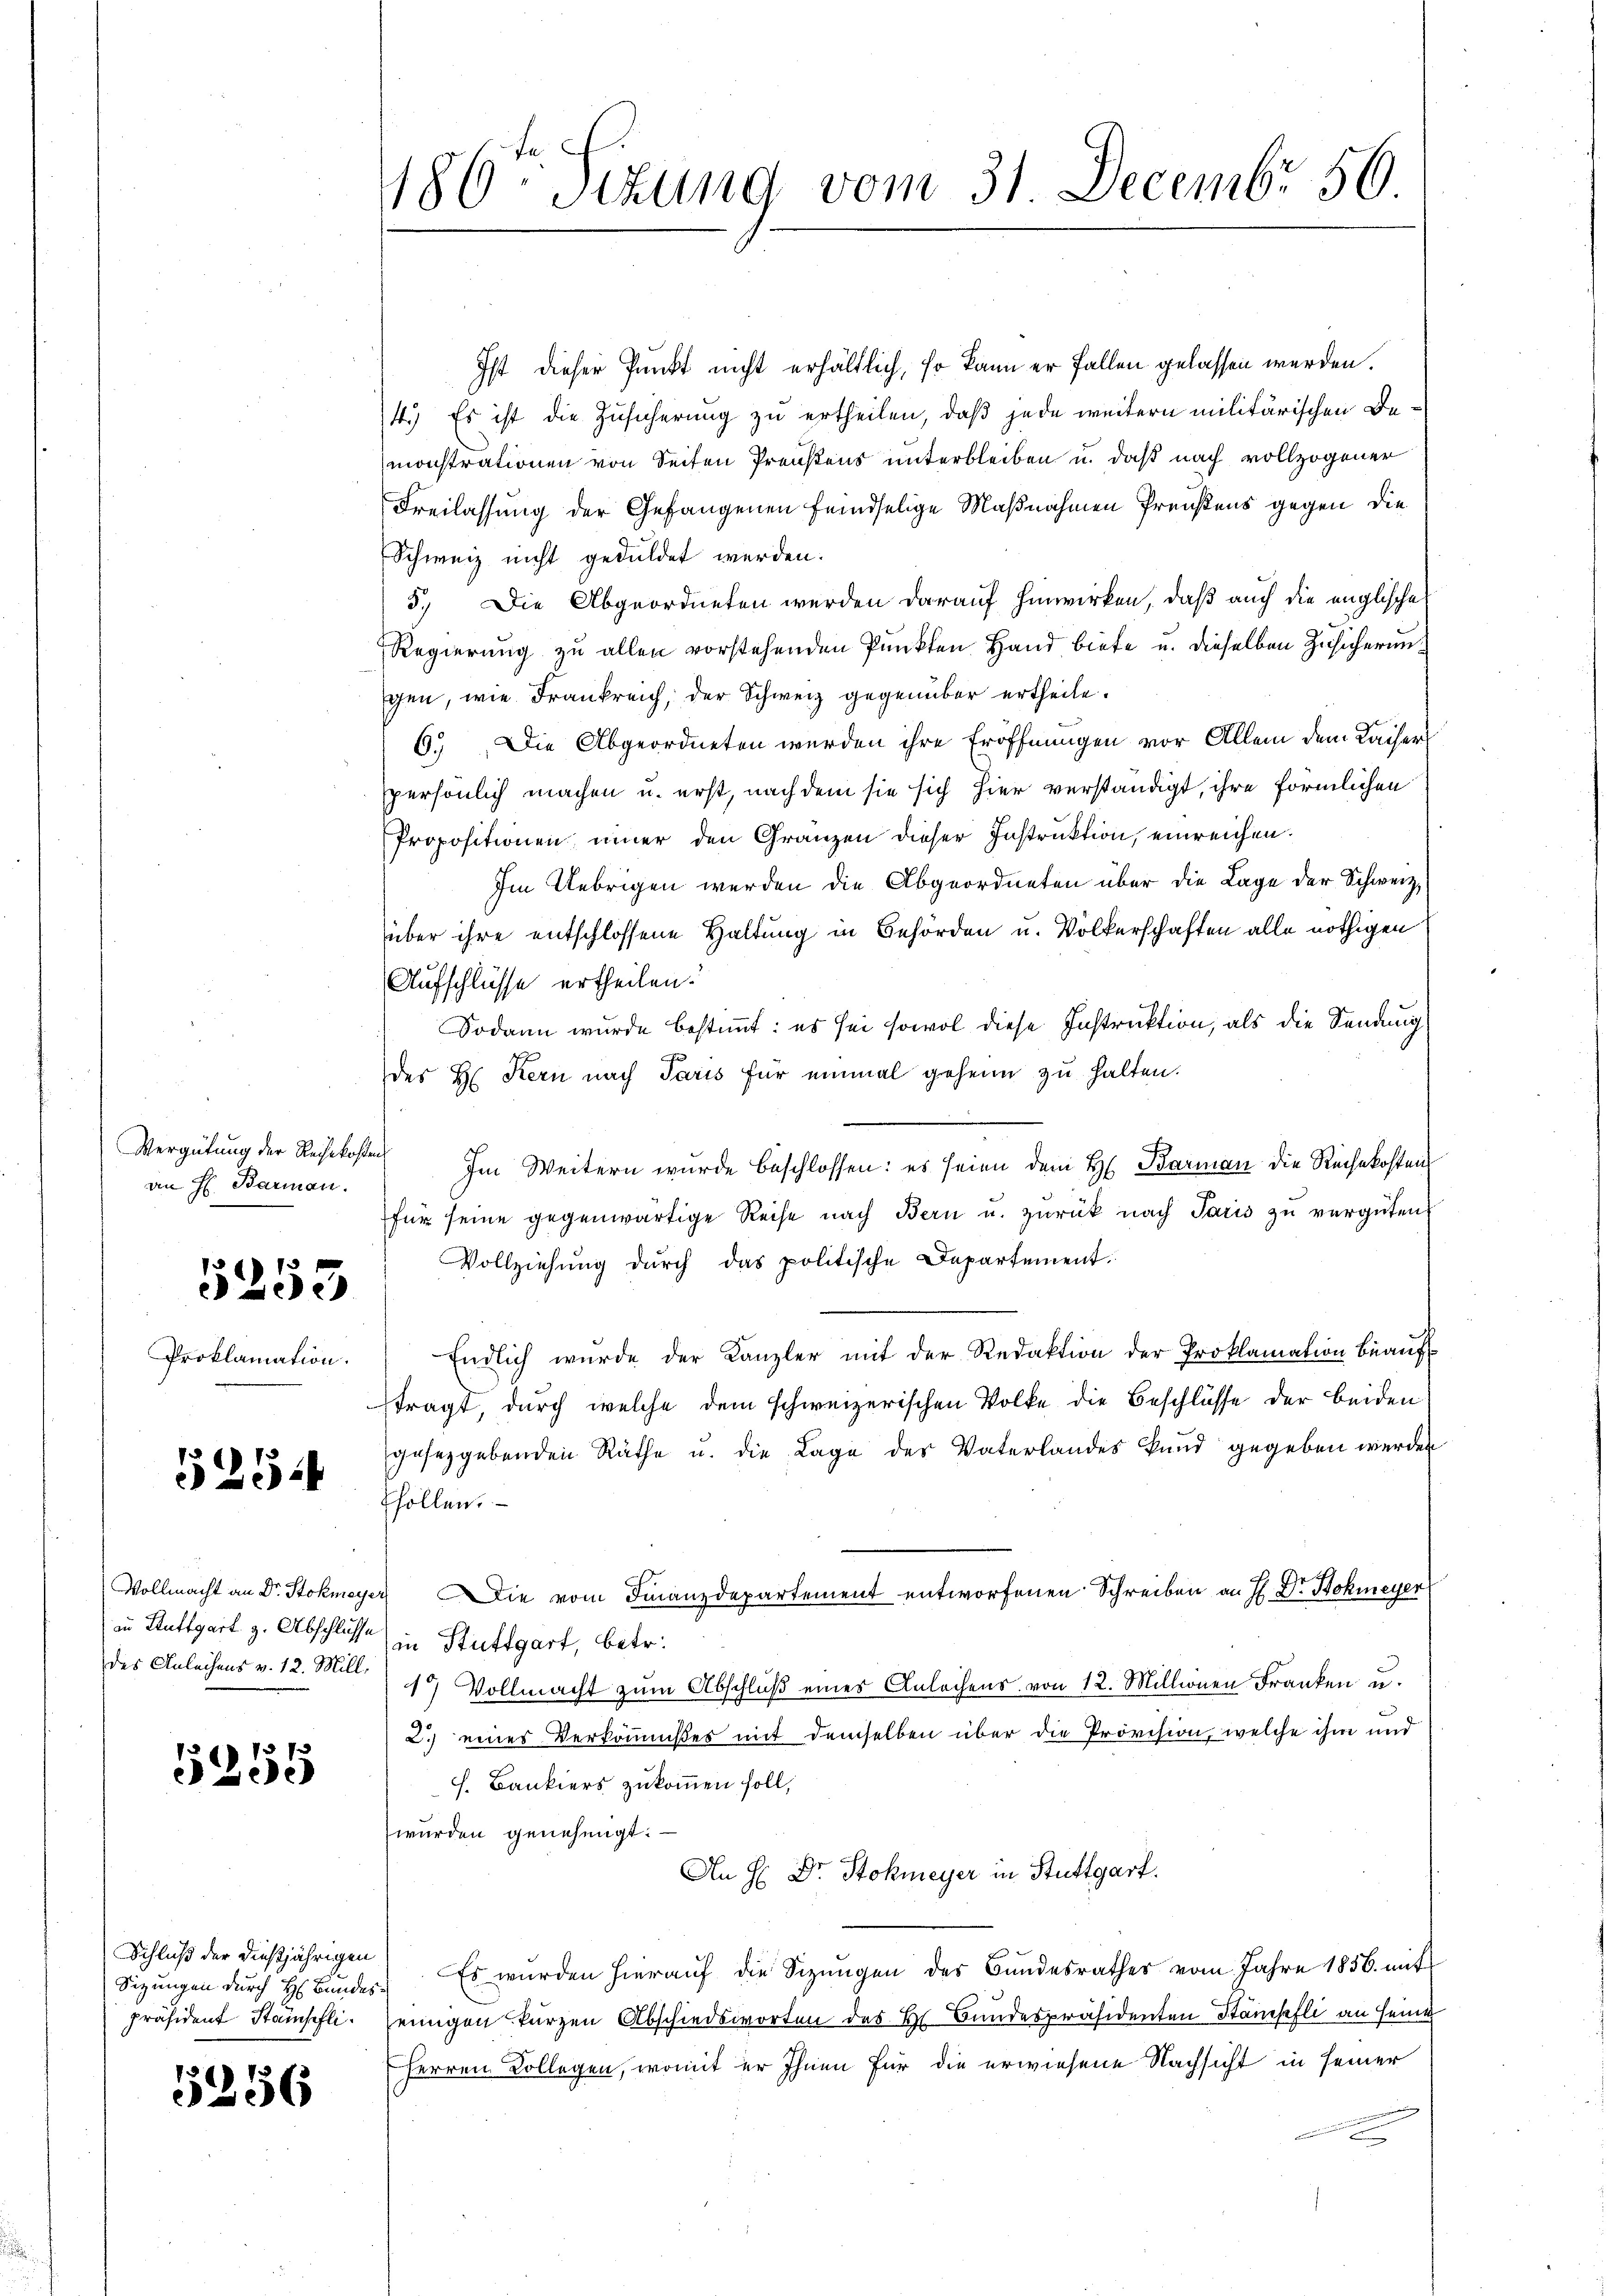
an H. Barman.

5253

Proklamation.

525

in Stuttgart z. Abschlusse
des Anleihens v. 12. Mill.

1255

Schluß der dießjährigen
Sizungen durch H. Bundes-
präsident Stämpfli¬

5356

86ten Sizung vom 31. Decembr 50.

Ist dieser Punkt nicht erhältlich, so kann er fallen gelassen werden.
4. Es ist die Zusicherung zu ertheilen, daß jede weitern militärischen Bemonstrationen von Seiten Preußens unterbleiben u. daß nach vollzogener
Freilassung der Gefangenen feindselige Maßnahmen Preußens gegen die
Schweiz nicht geduldet werden.
5.) Die Abgeordneten werden darauf hinwirken, daß auch die englische
Regierung zu allen vorstehenden Punkten Hand biete u. dieselben Zusicherungen, wie Frankreich, der Schweiz gegenüber ertheile.
6.) Die Abgeordneten werden ihre Eröffnungen vor Allem dem Kaiser
persönlich machen u. erst, nach dem sie sich hier verständigt, ihre förmlichen
Propositionen, immer den Gränzen dieser Instruktion, einreichen.
Im Uebrigen werden die Abgeordneten über die Lage der Schweiz,
über ihre entschlossene Haltung in Behörden u. Völkerschaften alle nöthigen
Aufschlüsse ertheilen.
Sodann wurde bestimmt: es sei sowol diese Instruktion, als die Sendung
des H. Kern nach Paris für einmal geheim zu halten.
Vergütung der Reisekoster Im Weitern wurde beschlossen: es seien dem H. Barman die Rechekosten
für seine gegenwärtige Reise nach Bern u. zurück nach Paris zu vergüten,
Vollziehung durch das politische Departement.
Endlich wurde der Kanzler mit der Redaktion der Proklamation beaŭf
tragt, durch welche dem schweizerischen Volke die Beschlüsse der beiden
gesetzgebenden Räthe u. die Lage des Vaterlandes Kund gegeben werden
Ehollen.
Vollmacht an Dr. Stokmeyer, Die vom Finanzdepartement entworfenen Schreiben an H. Dr. Hohmeyer
in Stuttgart, betr.
17 Vollmacht zum Abschluß eines Anlochens von 12. Millionen Franken u.
2.) eines Verkommnißes mit demselben über die Provision, welche ihm und
f. Bankiers zukommen soll,
wurden genehmigt.
An H: Dr. Stokmeyer in Stuttgart.
Es wurden hierauf die Sizungen des Bundesrathes vom Jahre 1856 mit
einigen kurzen Abschiedsworten des Hr. Bundespräsidenten Stämpfli an seine
Herren Kollegen, womit er Ihnen für die erwiesene Nachsicht in seiner
.
.